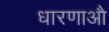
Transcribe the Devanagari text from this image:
धारणाऔ